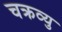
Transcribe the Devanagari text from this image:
चक्रव्यु